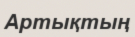
Артықтың